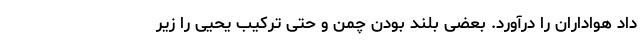
داد هواداران را درآورد. بعضی بلند بودن چمن و حتی ترکیب یحیی را زیر